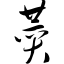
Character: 赞